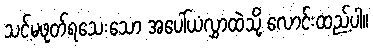
သင့်မဖုတ်ရသေးသော အပေါ်ယံလွှာထဲသို့ လောင်းထည့်ပါ။